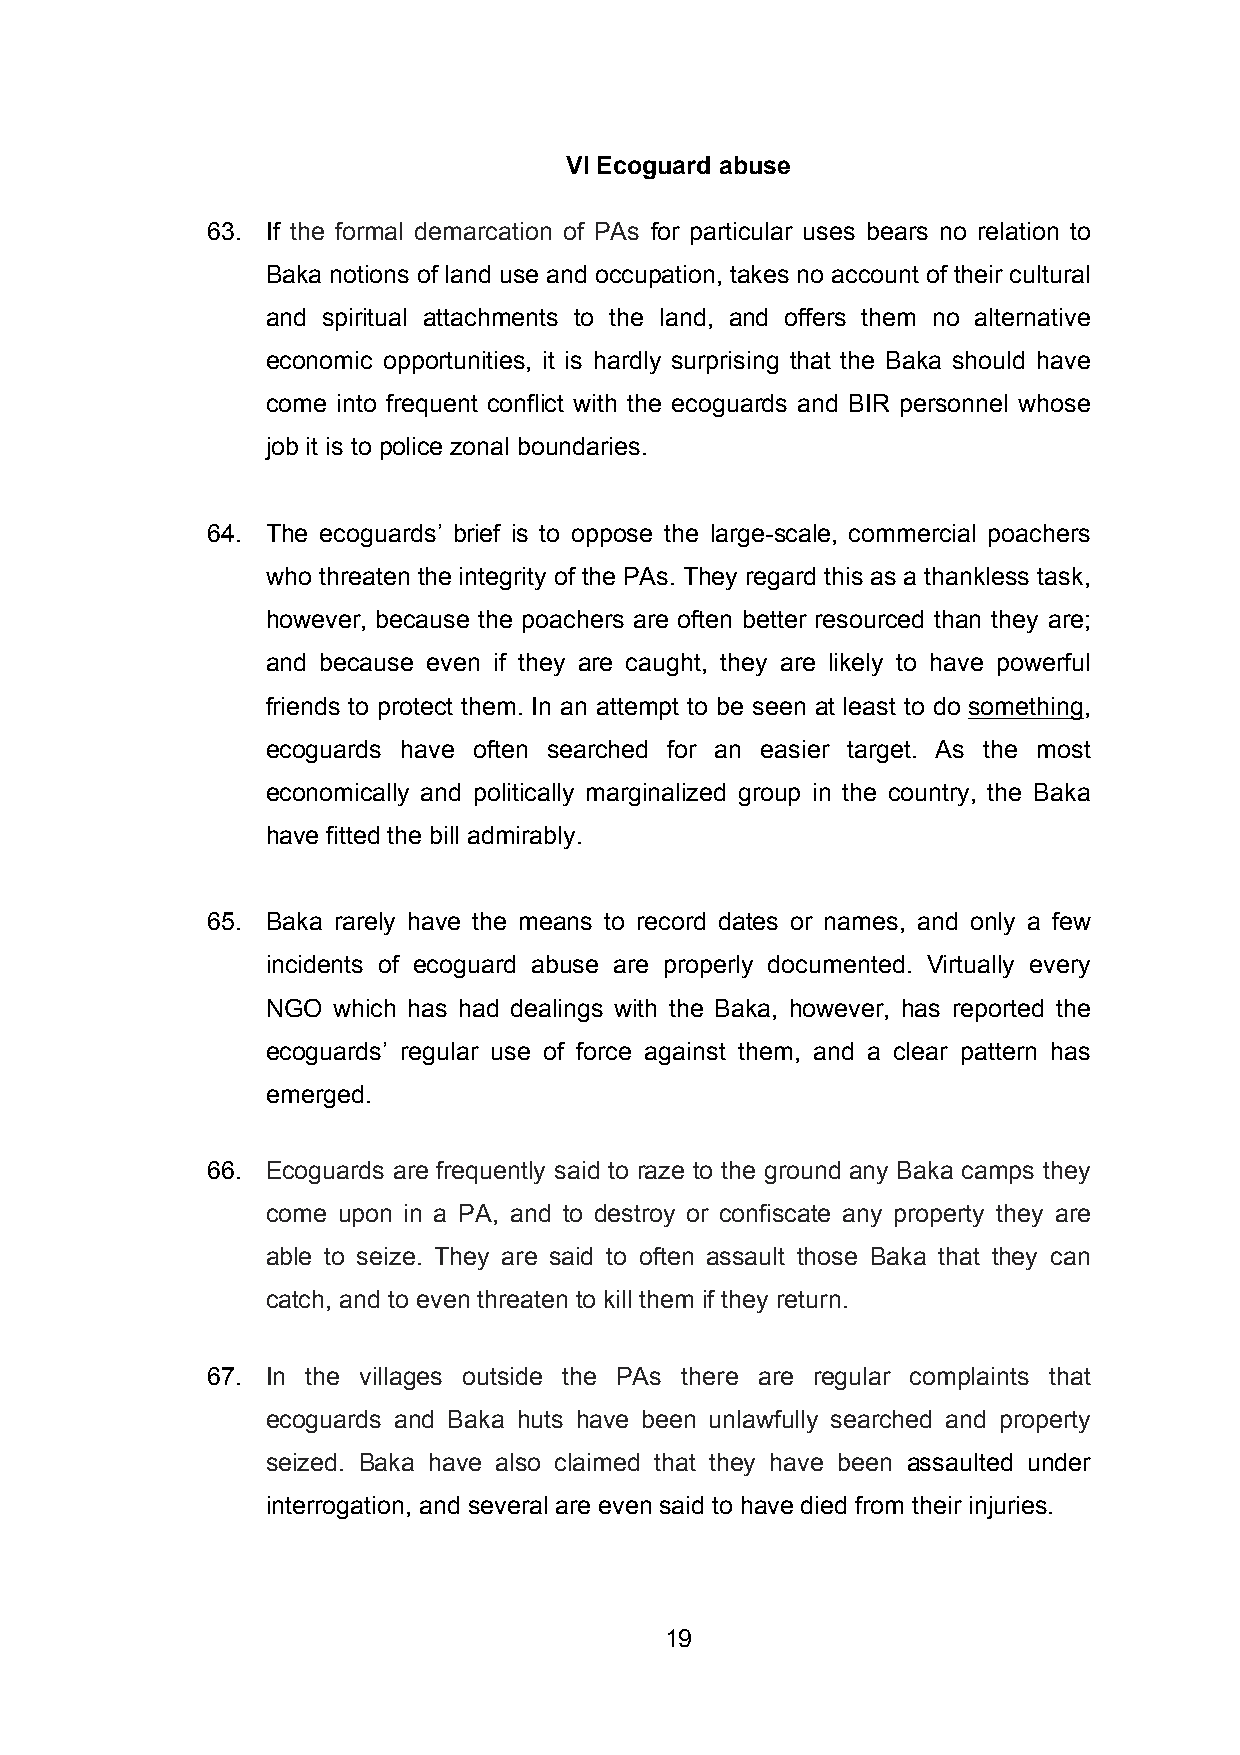
VI Ecoguard abuse
 63. If the formal demarcation of PAs for particular uses bears no relation to
 Baka notions of land use and occupation, takes no account of their cultural
 and spiritual attachments to the land, and offers them no alternative
 economic opportunities, it is hardly surprising that the Baka should have
 come into frequent conflict with the ecoguards and BIR personnel whose
 job it is to police zonal boundaries.
 64. The ecoguards’ brief is to oppose the large-scale, commercial poachers
 who threaten the integrity of the PAs. They regard this as a thankless task,
 however, because the poachers are often better resourced than they are;
 and because even if they are caught, they are likely to have powerful
 friends to protect them. In an attempt to be seen at least to do something,
 ecoguards have often searched for an easier target. As the most
 economically and politically marginalized group in the country, the Baka
 have fitted the bill admirably.
 65. Baka rarely have the means to record dates or names, and only a few
 incidents of ecoguard abuse are properly documented. Virtually every
 NGO which has had dealings with the Baka, however, has reported the
 ecoguards’ regular use of force against them, and a clear pattern has
 emerged.
 66. Ecoguards are frequently said to raze to the ground any Baka camps they
 come upon in a PA, and to destroy or confiscate any property they are
 able to seize. They are said to often assault those Baka that they can
 catch, and to even threaten to kill them if they return.
 67. In the villages outside the PAs there are regular complaints that
 ecoguards and Baka huts have been unlawfully searched and property
 seized. Baka have also claimed that they have been assaulted under
 interrogation, and several are even said to have died from their injuries.
 19